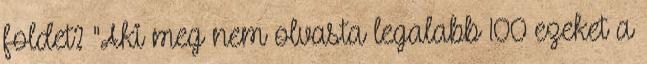
foldet? "Aki meg nem olvasta legalabb 100 ezeket a